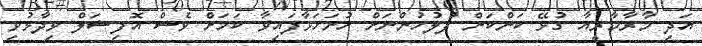
އަދި މާރާމާރީއާ ގުޅޭ ކަންކަން ފުލުހުންނަށް ހުށަހަޅާފައިވާ ކަމަށް ވެސް އޮފިޝަލް ވިދާޅުވި